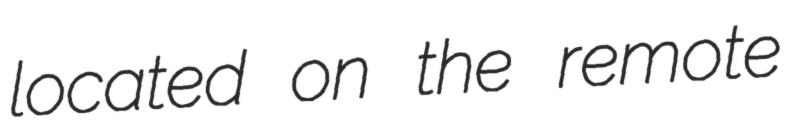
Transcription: located on the remote